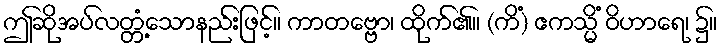
ဤဆိုအပ်လတ္တံ့သောနည်းဖြင့်။ ကာတဗ္ဗော၊ ထိုက်၏။ (ကိံ) ဧကသ္မိံ ဝိဟာရေ၊ ၌။